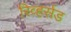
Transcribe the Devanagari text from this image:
रिव्हर्सड